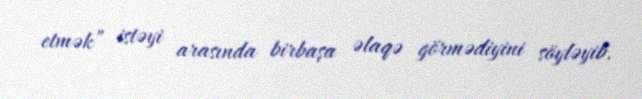
etmək” istəyi arasında birbaşa əlaqə görmədiyini söyləyib.